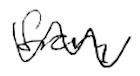
Text: from
Cross-out: wave
Writing tool: digital_black